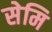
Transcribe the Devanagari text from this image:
सेमि